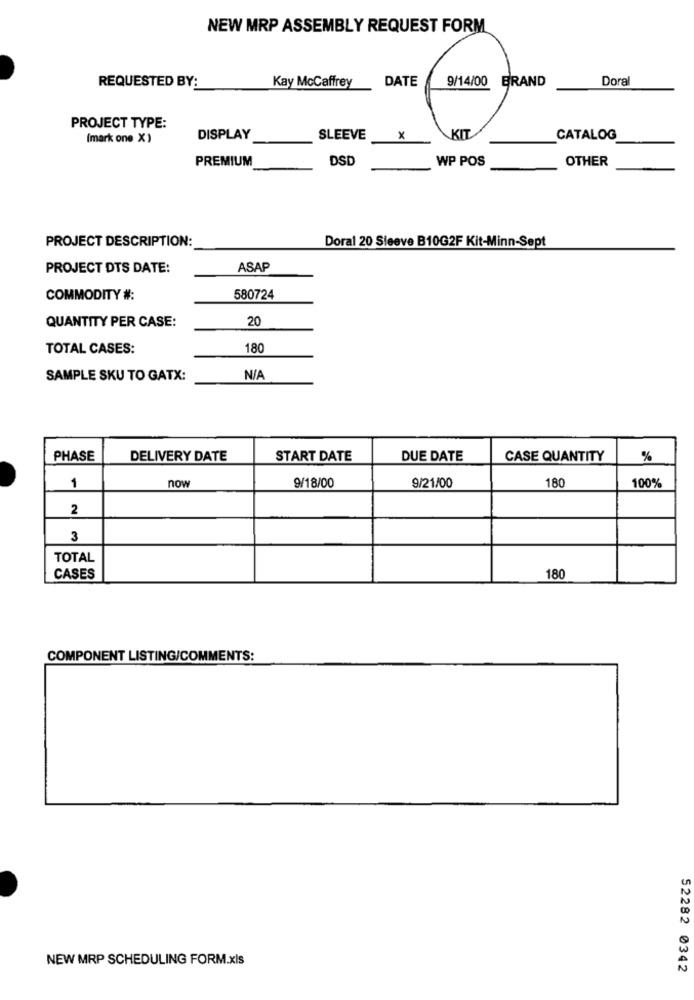
NEW MRP ASSEMBLY REQUEST FORM
Kay McCaffrey
DATE
9/14/00 BRAND
Doral
REQUESTED BY:
PROJECT TYPE:
KIT
(mark one X )
DISPLAY
SLEEVE
x
CATALOG
PREMIUM
DSD
WP POS
OTHER
PROJECT DESCRIPTION:
Doral 20 Sleeve B10G2F Kit-Minn-Sept
PROJECT DTS DATE:
ASAP
COMMODITY #:
580724
20
QUANTITY PER CASE:
TOTAL CASES:
180
SAMPLE SKU TO GATX:
PHASE
DELIVERY DATE
START DATE
DUE DATE
CASE QUANTITY
%
now
9/18/00
180
100%
1
9/21/00
2
3
TOTAL
CASES
180
COMPONENT LISTING/COMMENTS:
NEW MRP SCHEDULING FORM.xls
52282 0342